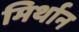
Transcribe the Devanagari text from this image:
मिर्थान